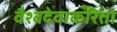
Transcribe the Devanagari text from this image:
वैश्वदेवाकरिता